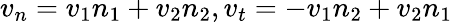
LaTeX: v_{n}=v_{1}n_{1}+v_{2}n_{2},v_{t}=-v_{1}n_{2}+v_{2}n_{1}